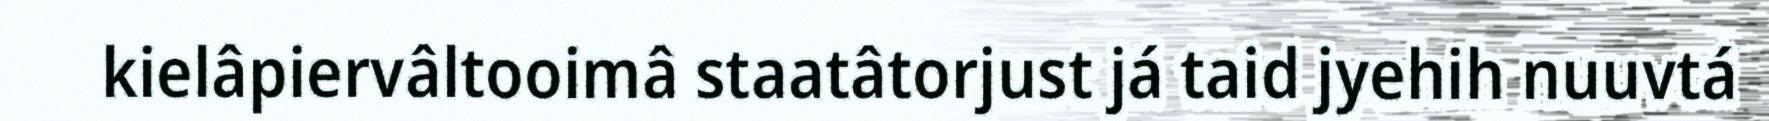
kielâpiervâltooimâ staatâtorjust já taid jyehih nuuvtá